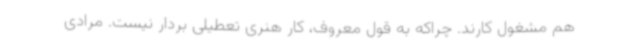
هم مشغول کارند. چراکه به قول معروف، کار هنری تعطیلی بردار نیست. مرادی